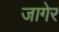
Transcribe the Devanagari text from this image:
जागेर